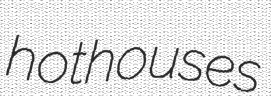
hothouses